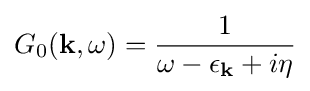
G_{0}(\mathbf {k} ,\omega )={\frac {1}{\omega -\epsilon _{\mathbf {k} }+i\eta }}